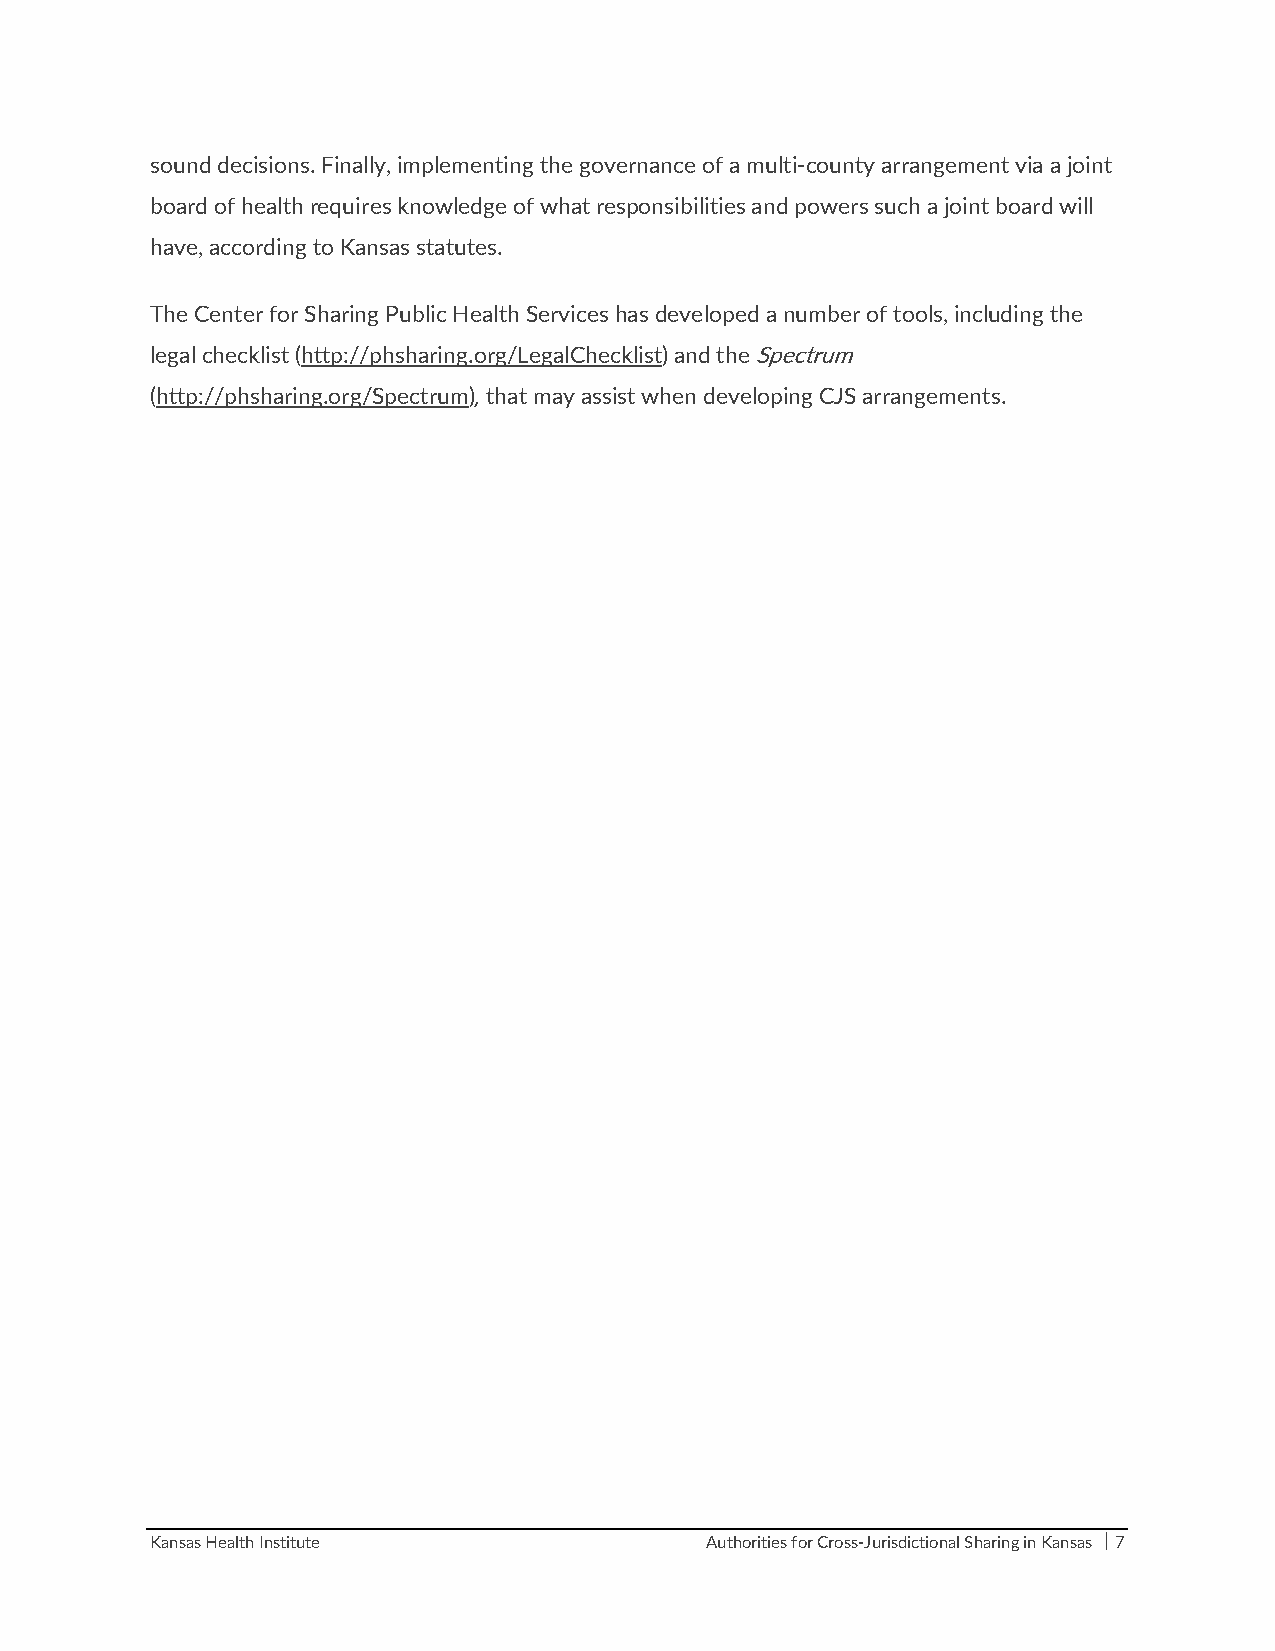
sound decisions. Finally, implementing the governance of a multi‐county arrangement via a joint
 board of health requires knowledge of what responsibilities and powers such a joint board will
 have, according to Kansas statutes.
 The Center for Sharing Public Health Services has developed a number of tools, including the
 legal checklist (http://phsharing.org/LegalChecklist) and the Spectrum
 (http://phsharing.org/Spectrum), that may assist when developing CJS arrangements.
 Kansas Health Institute              Authorities for Cross‐Jurisdictional Sharing in Kansas  7